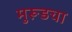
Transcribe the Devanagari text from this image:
मुरूडचा